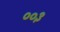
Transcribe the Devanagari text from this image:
००३